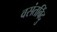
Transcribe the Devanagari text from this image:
वसंतबिंदु